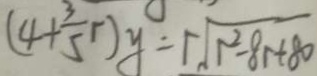
( 4 + \frac { 3 } { 5 } r ) y = r \sqrt { r ^ { 2 } - 8 r + 8 0 }